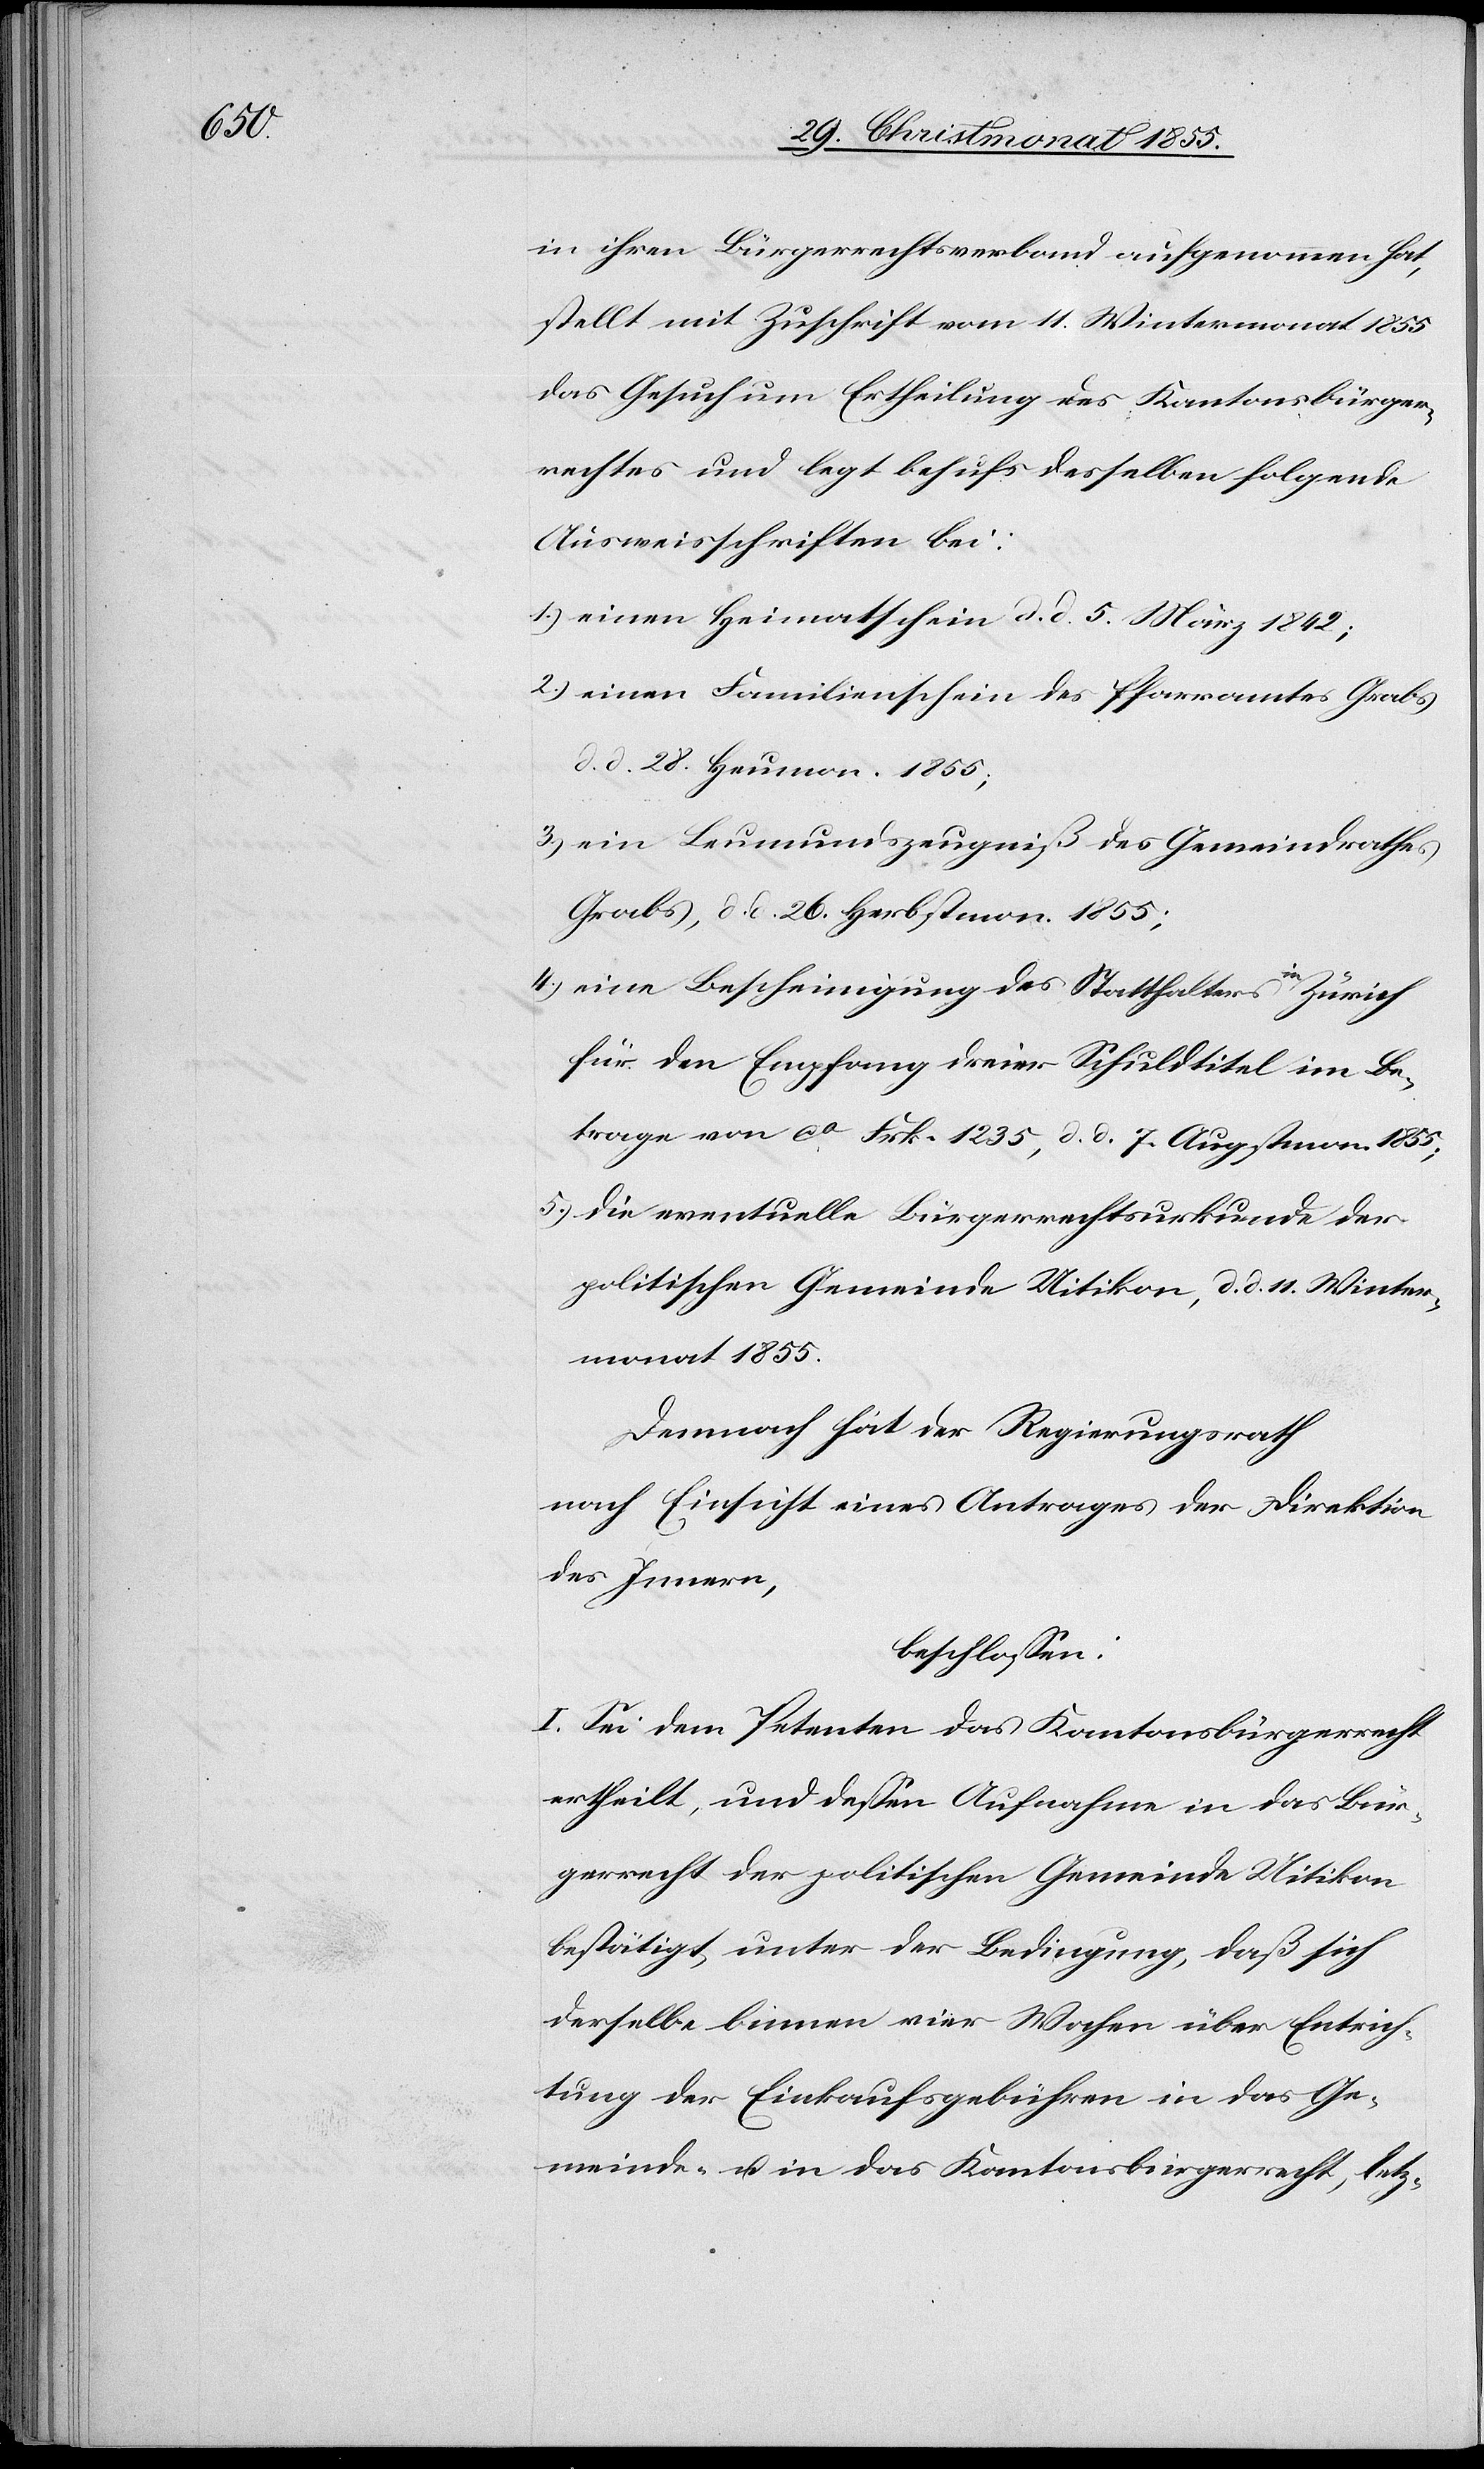
in ihren Bürgerrechtsverband aufgenommen hat,
stellt mit Zuschrift vom 11. Wintermonat 1855
das Gesuch um Ertheilung des Kantonsbürger¬
rechtes und legt behufs desselben folgende
Ausweisschriften bei:
einen Heimatschein d. d. 5. März 1842;
einen Familienschein des Pfarramtes Grabs
d. d. 28. Heumon. 1855;
ein Leumundszeugniß des Gemeindrathes
Grabs, d. d. 26. Herbstmon. 1855;
eine Bescheinigung des Statthalters in Zürich
für den Empfang dreier Schuldtitel im Be¬
trage von ca Frk. 1235, d. d. 7. Augstmon. 1855;
die eventuelle Bürgerrechtsurkunde der
politischen Gemeinde Uitikon, d. d. 11. Winter¬
monat 1855.
Demnach hat der Regierungsrath
nach Einsicht eines Antrages der Direktion
des Innern,
beschlossen:
I. Sei dem Petenten das Kantonsbürgerrecht
ertheilt, und dessen Aufnahme in das Bür¬
gerrecht der politischen Gemeinde Uitikon
bestätigt, unter der Bedingung, daß sich
derselbe binnen vier Wochen über Entrich¬
tung der Einkaufsgebühren in das Ge¬
meinde- u. in das Kantonsbürgerrecht, letz-